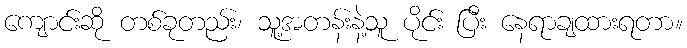
ကျောင်းဆို တစ်ခုတည်း၊ သူ့အတန်းနဲ့သူ ပိုင်း ပြီး နေရာချထားရတာ။